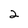
Character: 2